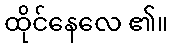
ထိုင်နေလေ ၏။